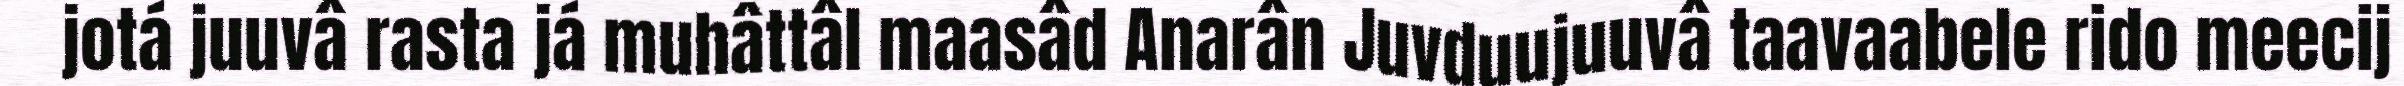
jotá juuvâ rasta já muhâttâl maasâd Anarân Juvduujuuvâ taavaabele rido meecij